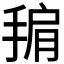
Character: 𭡙